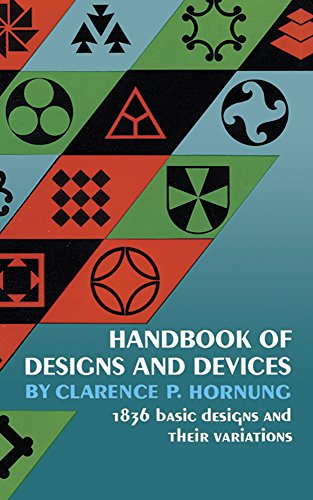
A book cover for Handbook of Designs and Devices (Dover Pictorial Archive); Clarence P. Hornung; Arts & Photography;